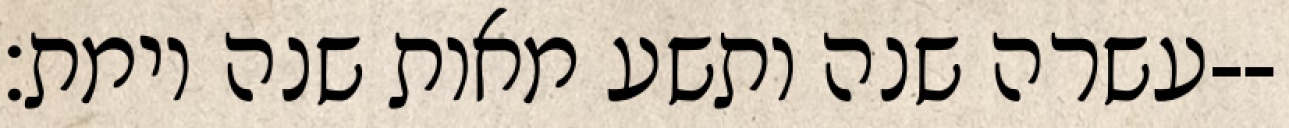
עשרה שנה ותשע מאות שנה וימת׃--